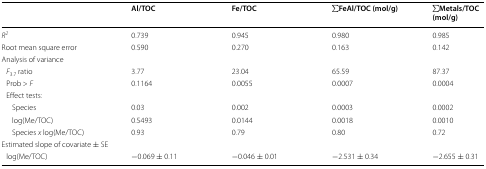
|  | Al/TOC | Fe/TOC | ∑FeAl/TOC (mol/g) | ∑Metals/TOC (mol/g) |
 | --- | --- | --- | --- | --- |
 | R2 | 0.739 | 0.945 | 0.980 | 0.985 |
 | Root mean square error | 0.590 | 0.270 | 0.163 | 0.142 |
 | <COLSPAN=5> Analysis of variance |
 | F3.7 ratio | 3.77 | 23.04 | 65.59 | 87.37 |
 | Prob > F | 0.1164 | 0.0055 | 0.0007 | 0.0004 |
 | <COLSPAN=5> Effect tests: |
 | Species | 0.03 | 0.002 | 0.0003 | 0.0002 |
 | log(Me/TOC) | 0.5493 | 0.0144 | 0.0018 | 0.0010 |
 | Species x log(Me/TOC) | 0.93 | 0.79 | 0.80 | 0.72 |
 | <COLSPAN=5> Estimated slope of covariate ± SE |
 | log(Me/TOC) | −0.069 ± 0.11 | −0.046 ± 0.01 | −2.531 ± 0.34 | −2.655 ± 0.31 |